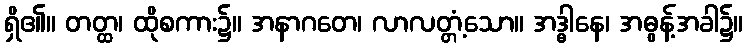
ရှိ၏။ တတ္ထ၊ ထိုစကား၌။ အနာဂတေ၊ လာလတ္တံ့သော။ အဒ္ဓါနေ၊ အဓွန့်အခါ၌။